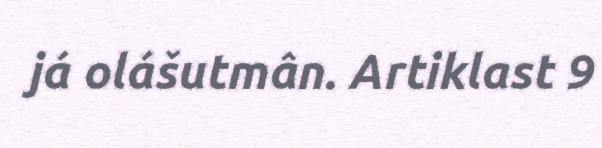
já olášutmân. Artiklast 9